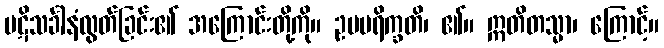
ပဋိသင်္ခါနံလွတ်ခြင်း၏ အကြောင်းတို့ကို။ ဥပပရိက္ခတိ၊ ၏။ ဣတိတသ္မာ၊ ကြောင့်။